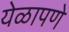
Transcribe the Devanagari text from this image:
येळापणे